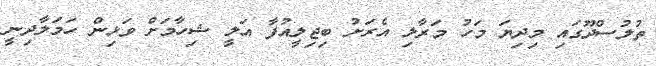
ތުލުސްދޫގައި މިދިޔަ މަހު މަރާލި އެރަށު ބިޖިލީއުފާ އަލީ ޝިހާމަށް ވަޅިން ހަމަލާދިނީ